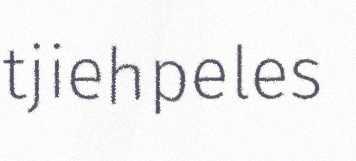
tjiehpeles